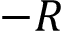
- R